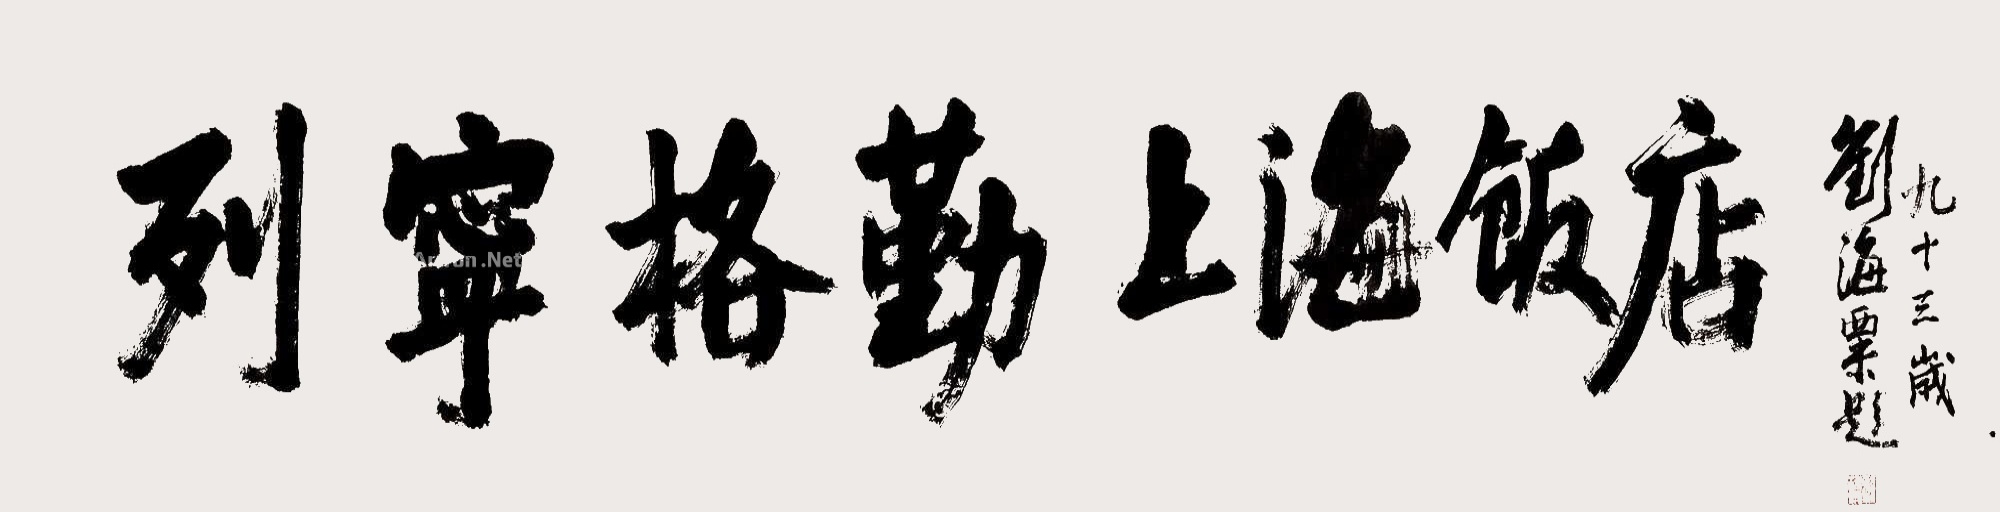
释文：列宁格勒上海饭店。九十三岁刘海粟题。